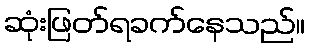
ဆုံးဖြတ်ရခက်နေသည်။